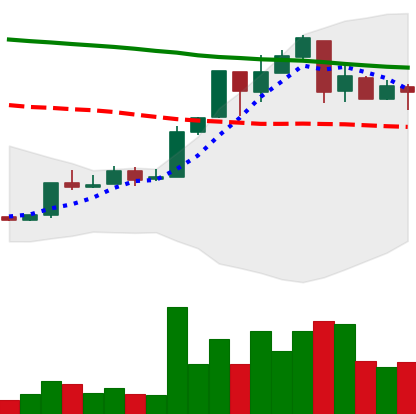
Ticker: XMR-USD
Chart end date: 2018-04-29
Forward return: -5.973%
Label: down_5_7